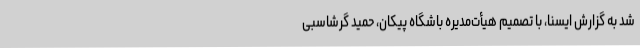
شد به گزارش ایسنا، با تصمیم هیأت‌مدیره باشگاه پیکان، حمید گرشاسبی